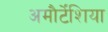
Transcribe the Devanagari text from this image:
अमौर्टेंशिया